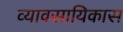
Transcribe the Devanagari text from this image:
व्यावसायिकास